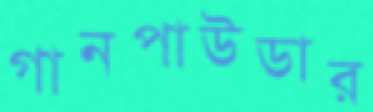
গানপাউডার